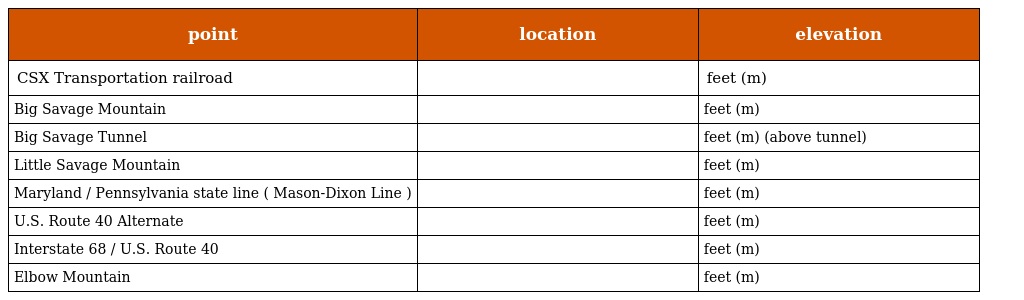
| point | location | elevation |
 | --- | --- | --- |
 | CSX Transportation railroad |  | feet (m) |
 | Big Savage Mountain |  | feet (m) |
 | Big Savage Tunnel |  | feet (m) (above tunnel) |
 | Little Savage Mountain |  | feet (m) |
 | Maryland / Pennsylvania state line ( Mason-Dixon Line ) |  | feet (m) |
 | U.S. Route 40 Alternate |  | feet (m) |
 | Interstate 68 / U.S. Route 40 |  | feet (m) |
 | Elbow Mountain |  | feet (m) |